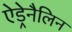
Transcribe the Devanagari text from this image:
ऐड्रेनैलिन